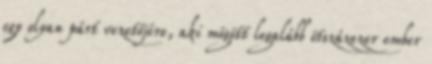
egy olyan párt vezetőjére, aki mögött legalább ötszázezer ember